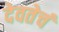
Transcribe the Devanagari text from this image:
देवतेचं